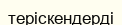
теріскендерді